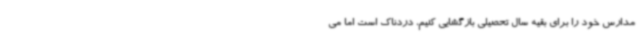
مدارس خود را برای بقیه سال تحصیلی بازگشایی کنیم، دردناک است اما می